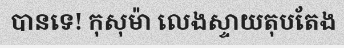
បានទេ! កុសុម៉ា លេងស្ទាយតុបតែង